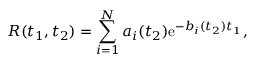
R ( t _ { 1 } , t _ { 2 } ) = \sum _ { i = 1 } ^ { N } a _ { i } ( t _ { 2 } ) \mathrm { e } ^ { - b _ { i } ( t _ { 2 } ) t _ { 1 } } ,